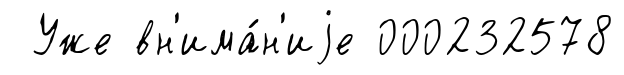
Уже вн'има́н'иjе 000232578